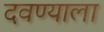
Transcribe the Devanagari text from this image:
दवण्याला